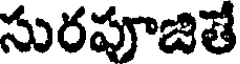
సురపూజితే